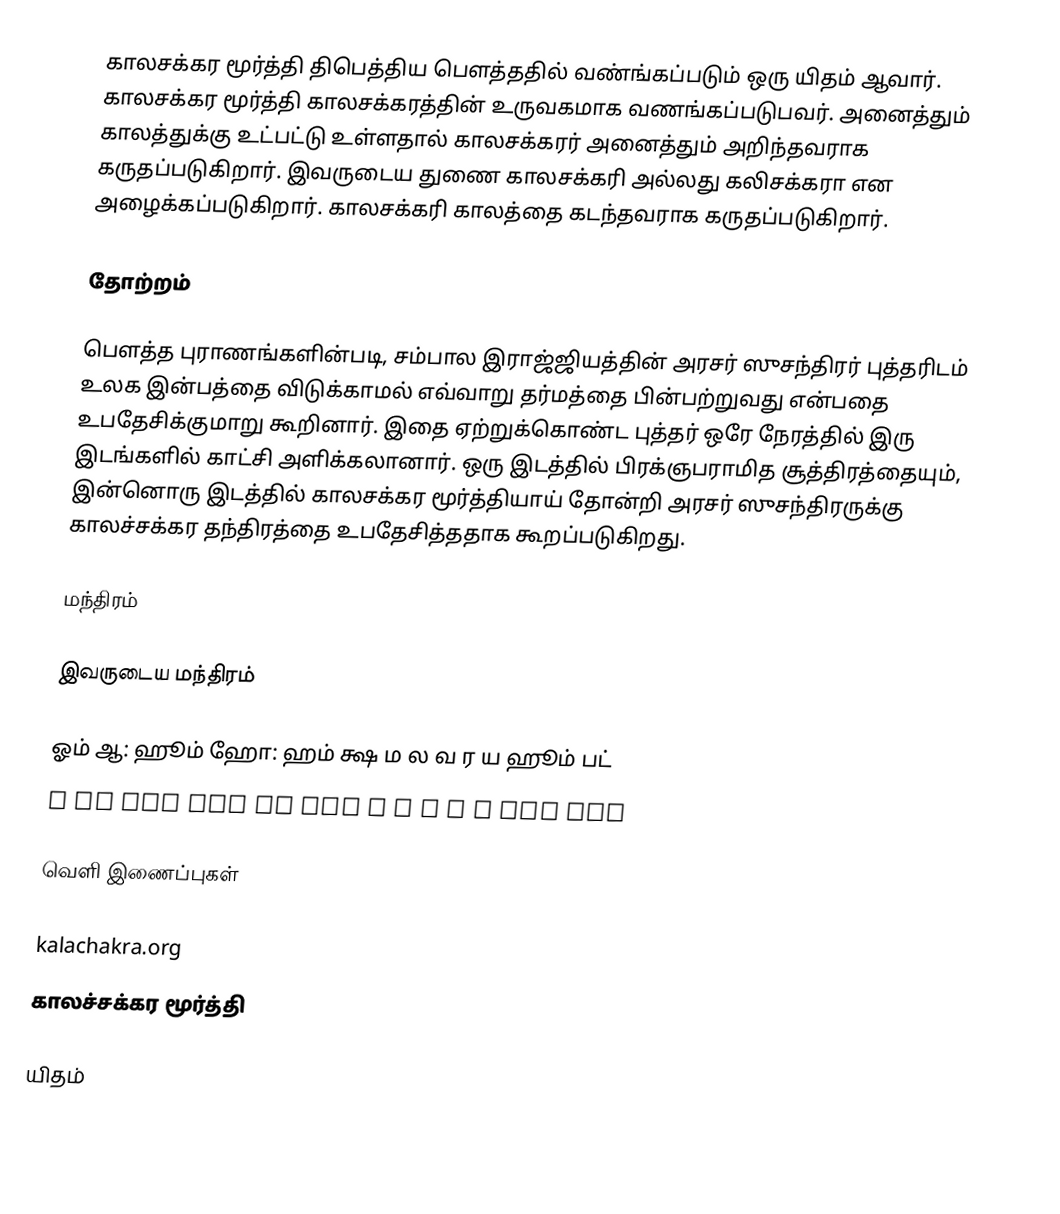
காலசக்கர மூர்த்தி திபெத்திய பௌத்ததில் வண்ங்கப்படும் ஒரு யிதம் ஆவார். காலசக்கர மூர்த்தி காலசக்கரத்தின் உருவகமாக வணங்கப்படுபவர். அனைத்தும் காலத்துக்கு உட்பட்டு உள்ளதால் காலசக்கரர் அனைத்தும் அறிந்தவராக கருதப்படுகிறார். இவருடைய துணை காலசக்கரி அல்லது கலிசக்கரா என அழைக்கப்படுகிறார். காலசக்கரி காலத்தை கடந்தவராக கருதப்படுகிறார்.

தோற்றம்

பௌத்த புராணங்களின்படி, சம்பால இராஜ்ஜியத்தின் அரசர் ஸுசந்திரர் புத்தரிடம் உலக இன்பத்தை விடுக்காமல் எவ்வாறு தர்மத்தை பின்பற்றுவது என்பதை உபதேசிக்குமாறு கூறினார். இதை ஏற்றுக்கொண்ட புத்தர் ஒரே நேரத்தில் இரு இடங்களில் காட்சி அளிக்கலானார். ஒரு இடத்தில் பிரக்ஞபராமித சூத்திரத்தையும், இன்னொரு இடத்தில் காலசக்கர மூர்த்தியாய் தோன்றி அரசர் ஸுசந்திரருக்கு காலச்சக்கர தந்திரத்தை உபதேசித்ததாக கூறப்படுகிறது.

மந்திரம்

இவருடைய மந்திரம்

 ஓம் ஆ: ஹூம் ஹோ: ஹம் க்ஷ ம ல வ ர ய ஹூம் பட்
 ॐ आः हूँ होः हं क्ष म ल व र य हूँ फट्

வெளி இணைப்புகள்

kalachakra.org
காலச்சக்கர மூர்த்தி

யிதம்